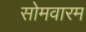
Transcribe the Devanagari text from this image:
सोमवारम